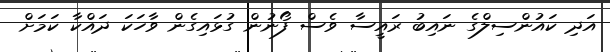
އަދި ކައުންސިލްގެ ނައިބު ރައީސާ ވެސް ފޯނުން ގުޅައިގެން ވާހަކަ ދައްކާ ކަމަށް